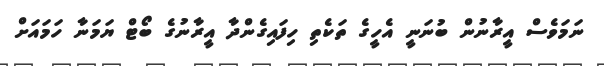
ނަމަވެސް އީރާނުން ބުނަނީ އެހީގެ ތަކެތި ހިފައިގެންދާ އީރާނުގެ ބޯޓް ޔަމަނާ ހަމައަށް